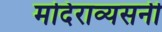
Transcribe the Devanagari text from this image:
मदिराव्यसनी